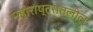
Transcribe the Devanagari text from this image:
महाराष्ट्रातलील